Kloostri_vallavalitsus, lk 28
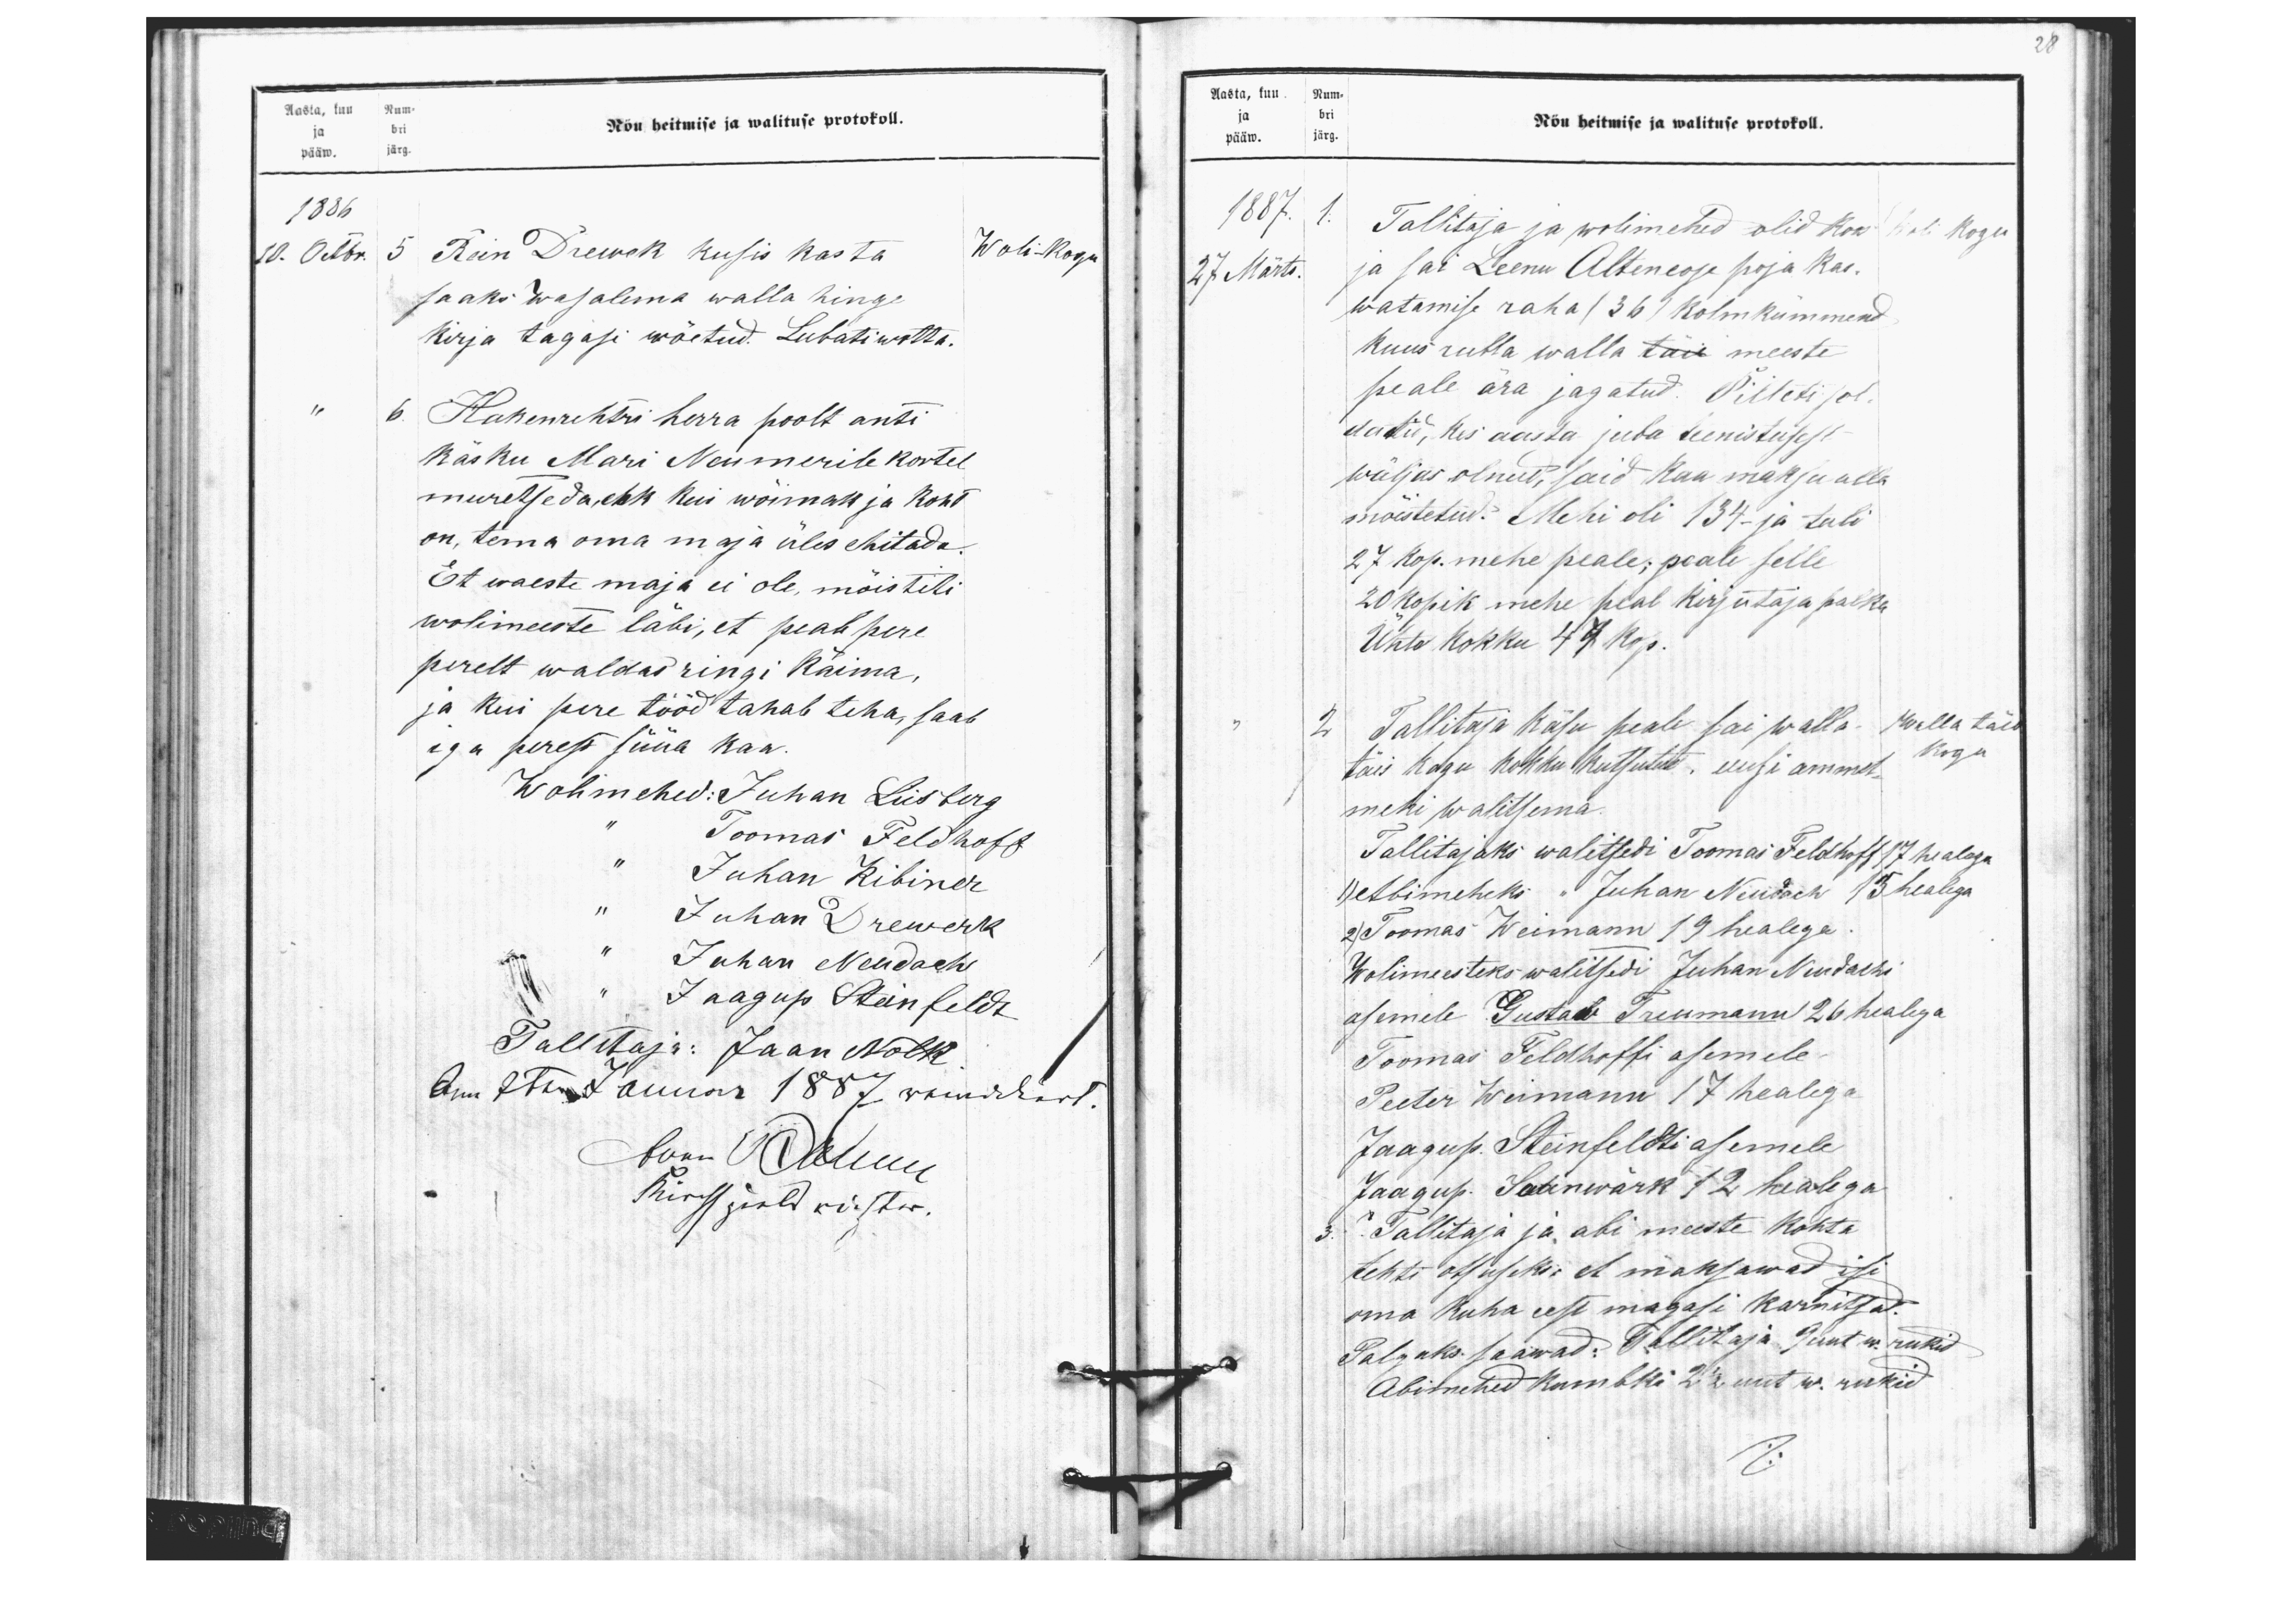
Aasta, kuu Num-
Nõu heitmise ja walituse protokoll.
ja bri
pääw. järg.
1886
10. Ocbr.
5 Rein Drewerk kusis kas ta
Woli-Kogu
saaks Wasalema walla hinge
kirja tagasi wõetud. Lubati wotta.
6. Hakenrehtri herra poolt anti
käsku Mari Neumerile kortel
muretseda, ehk kui wõimast ja koht
on, tema oma maja üles ehitada
Et waeste maja ei ole, mõistiti
wolimeeste läbi, et peab pere
perelt waldas ringi käima.
ja kui pere tööd tahab teha, saab
iga peres süüa kaa
Wolimehed: Juhan Liisberg
" Toomas Feldhoff
" Juhan Kibiner
" Juhan Drewerk
" Juhan Neudach
" Jaagup Steinfeldt
Tallitaja: Jaan Nolk
Am 7ten Januar 1887 revidiert.
Juan Oktuur
Kirchspiels richter

28
Aasta, kuu Num-
ja bri
pääw. järg.
Nõu heitmise ja walituse protokoll.
1887.
1. Tallitaja ja wolimehed olid koos
Woli Kogu
27 Märts.
ja sai Leenu Alteneose poja kas-
watamise raha (36) kolmkümmend
kuus rubla walla täis meeste
peale ära jagatud. Pilleti sol-
datid, kes aasta juba teenistusest
wäljas olnud, said kaa maksu alla
mõistetud. Mehi oli 134- ja tuli
27 kop. mehe peale, peale selle
20 kopik mehe peal kirjutaja palka
Ühte kokku 47 kop.
2 Tallitaja Käsu peale sai walla-
Walla täis
täis kogu kokku kutsutud, uusi ammet-
Kogu
mehi walitsema.
Tallitajaks walitsedi Toomas Feldhoff 17 healega
1) Abimeheks " Juhan Neudach 15 healega.
2) Toomas Weimann 19 healega.
Wolimeesteks walitsedi Juhan Neudachi
asemele Gustaw Treumann 26 healega
Toomas Feldhoffi asemele.
Peeter Weimann 17 healega
Jaagup Steinfeldti asemele
Jaagup Saanwärk 12 healega
3. Tallitaja ja abi meeste kohta
tehti otsuseks: et maksawad isi
oma kuha eest magasi karnitsad.
Palgaks saawad: Tallitaja  unt w. rukid
Abimehed kumbki 2 1/2 unt w. rukid